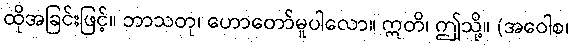
ထိုအခြင်းဖြင့်။ ဘာသတု၊ ဟောတော်မူပါလော။ ဣတိ၊ ဤသို့။ (အဝေါစ၊